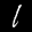
Label: 1